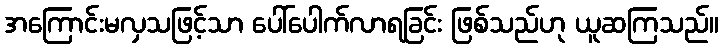
အကြောင်းမလှသဖြင့်သာ ပေါ်ပေါက်လာရခြင်း ဖြစ်သည်ဟု ယူဆကြသည်။